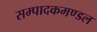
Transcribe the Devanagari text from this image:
सम्पादकमण्डल